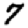
Digit: 7